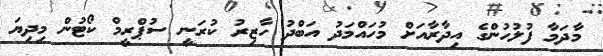
މާދަމާ ފުލުހުންގެ އިދާރާއަށް މުހައްމަދު އަބްދު ހާޒިރު ކުރަނީ ސުޕްރީމް ކޯޓުން މިދިޔަ